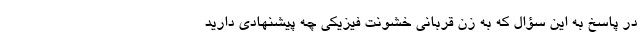
در پاسخ به این سؤال که به زن قربانی خشونت فیزیکی چه پیشنهادی دارید